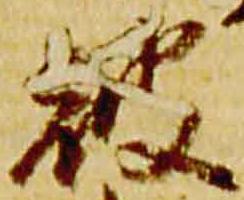
被